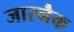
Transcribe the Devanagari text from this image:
जारनैक